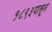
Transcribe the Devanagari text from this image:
१८९३पासून